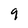
Character: 9